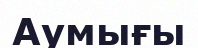
Аумығы